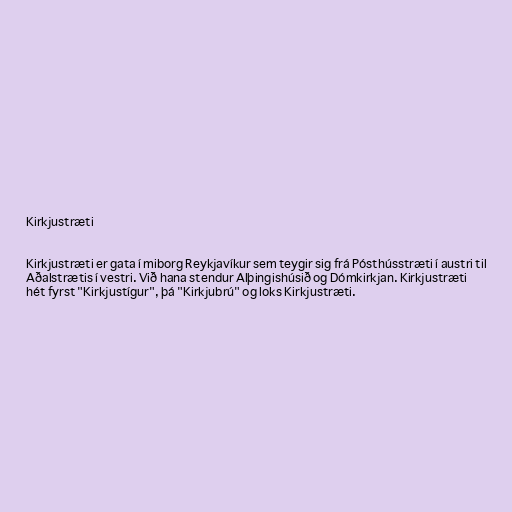
Kirkjustræti

Kirkjustræti er gata í miborg Reykjavíkur sem teygir sig frá Pósthússtræti í austri til
Aðalstrætis í vestri. Við hana stendur Alþingishúsið og Dómkirkjan. Kirkjustræti
hét fyrst "Kirkjustígur", þá "Kirkjubrú" og loks Kirkjustræti.